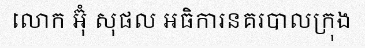
លោក អ៊ុំ សុផល អធិការនគរបាលក្រុង